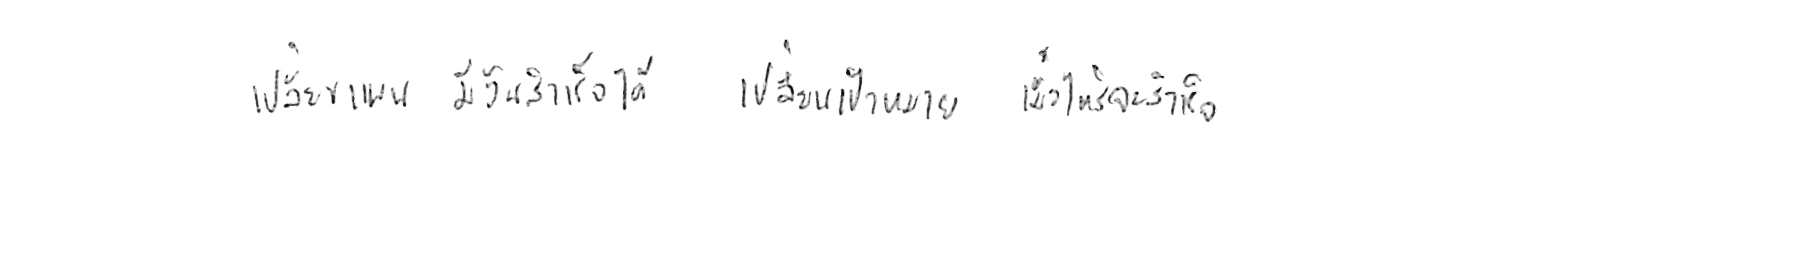
เปลี่ยนแผน มีวันสำเร็จได้ เปลี่ยนเป้าหมาย เมื่อไหร่จะสำเร็จ